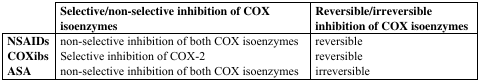
<table><thead><tr><td></td><td><b>Selective/non-selective inhibition of COX isoenzymes</b></td><td><b>Reversible/irreversible inhibition of COX isoenzymes</b></td></tr></thead><tbody><tr><td><b>NSAIDs</b></td><td>non-selective inhibition of both COX isoenzymes</td><td>reversible</td></tr><tr><td><b>COXibs</b></td><td>Selective inhibition of COX-2</td><td>reversible</td></tr><tr><td><b>ASA</b></td><td>non-selective inhibition of both COX isoenzymes</td><td>irreversible</td></tr></tbody></table>